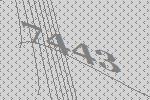
7443